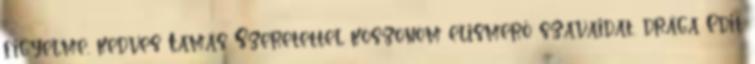
figyelme, kedves Tamás Szeretettel köszönöm elismerő szavaidat, drága Edit